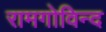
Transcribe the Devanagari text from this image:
रामगोविन्द